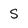
Character: S